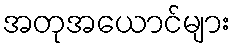
အတုအယောင်များ